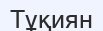
Тұқиян